Indian journal of veterinary science and animal husbandry - Volume 13,
Year: 1943
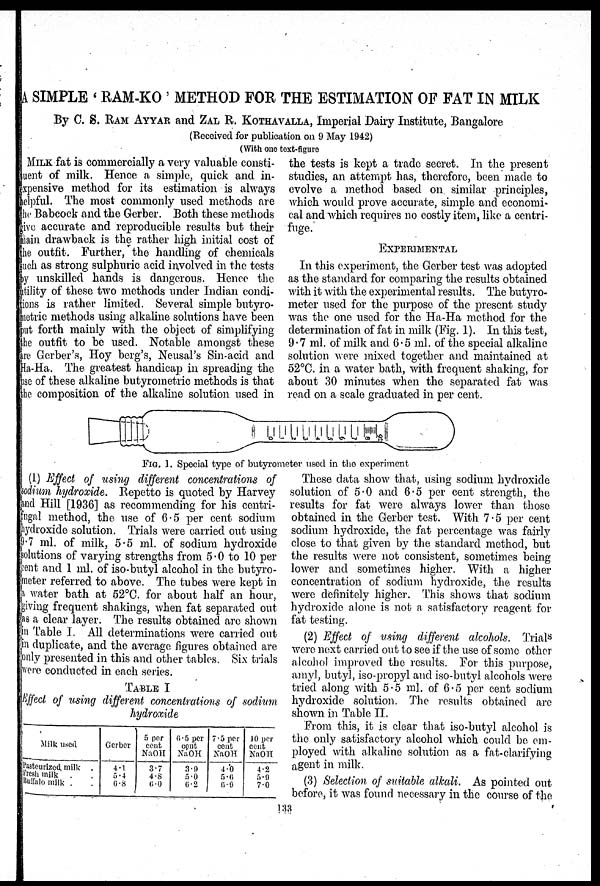
A SIMPLE 'RAM-KO' METHOD FOR THE ESTIMATION OF FAT IN MILK
By C. S. RAM AYYAR and ZAL R. KOTHAVALLA, Imperial Dairy Institute, Bangalore
(Received for publication on 9 May 1942)
(With one text-figure)
MILK fat is commercially a very valuable consti-
tuent of milk. Hence a simple, quick and in-
expensive method for its estimation is always
helpful. The most commonly used methods are
the Babcock and the Gerber. Both these methods
give accurate and reproducible results but their
main drawback is the rather high initial cost of
the outfit. Further, the handling of chemicals
such as strong sulphuric acid involved in the tests
by unskilled hands is dangerous. Hence the
utility of these two methods under Indian condi-
tions is rather limited. Several simple butyro-
metric methods using alkaline solutions have been
put forth mainly with the object of simplifying
the outfit to be used. Notable amongst these
are Gerber's, Hoy berg's, Neusal's Sin-acid and
Ha-Ha. The greatest handicap in spreading the
use of these alkaline butyrometric methods is that
the composition of the alkaline solution used in
the tests is kept a trade secret. In the present
studies, an attempt has, therefore, been made to
evolve a method based on. similar principles,
which would prove accurate, simple and economi-
cal and which requires no costly item, like a centri-
fuge.
EXPERIMENTAL
In this experiment, the Gerber test was adopted
as the standard for comparing the results obtained
with it with the experimental results. The butyro-
meter used for the purpose of the present study
was the one used for the Ha-Ha method for the
determination of fat in milk (Fig. 1). In this test,
9.7 ml. of milk and 6.5 ml. of the special alkaline
solution were mixed together and maintained at
52°C. in a water bath, with frequent shaking, for
about 30 minutes when the separated fat was
read on a scale graduated in per cent.
FIG. 1. Special type of butyrometer used in the experiment
(1) Effect of using different concentrations of
sodium hydroxide. Repetto is quoted by Harvey
and Hill [1936] as recommending for his centri-
fugal method, the use of 6.5 per cent sodium
hydroxide solution. Trials were carried out using
9.7 ml. of milk, 5.5 ml. of sodium hydroxide
solutions of varying strengths from 5.0 to 10 per
cent and 1 ml. of iso-butyl alcohol in the butyro-
meter referred to above. The tubes were kept in
a water bath at 52°C. for about half an hour,
giving frequent shakings, when fat separated out
as a clear layer. The results obtained are shown
in Table I. All determinations were carried out
in duplicate, and the average figures obtained are
only presented in this and other tables. Six trials
were conducted in each series.
TABLE I
Ef f ect of using different concentrations of sodium
hydroxide
Milk used
Pasteurized, milk .
Fresh milk . .
Buffalo milk . .
Gerber
4.1
5.4
6.8
5 per
cent
NaOH
3.7
4.8
6.0
6.5 per
cent
NaOH
3.9
5.0
6.2
7.5 per
cent
NaOH
4.0
5.6
6.9
10 per
cent
NaOH
4.2
5.9
7.0
These data show that, using sodium hydroxide
solution of 5.0 and 6 .5 per cent strength, the
results for fat were always lower than those
obtained in the Gerber test. With 7.5 per cent
sodium hydroxide, the fat percentage was fairly
close to that given by the standard method, but
the results were not consistent, sometimes being
lower and sometimes higher. With a higher
concentration of sodium hydroxide, the results
were definitely higher. This shows that sodium
hydroxide alone is not a satisfactory reagent for
fat testing.
(2) Effect of using different alcohols. Trials
were next carried out to see if the use of some other
alcohol improved the results. For this purpose,
amyl, butyl, iso-propyl and iso-butyl alcohols were
tried along with 5.5 ml. of 6.5 per cent sodium
hydroxide solution. The results obtained are
shown in Table II.
From this, it is clear that iso-butyl alcohol is
the only satisfactory alcohol which could be em-
ployed with alkaline solution as a fat-clarifying
agent in milk.
(3) Selection of suitable alkali. As pointed out
before, it was found necessary in the course of the
133